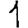
Digit: 1